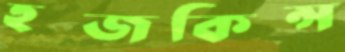
হজকিন্স